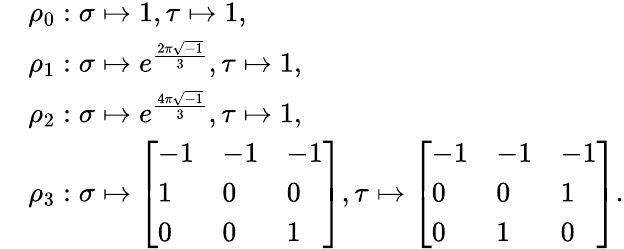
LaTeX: \begin{array}{rl}&{\rho_{0}:\sigma\mapsto 1,\tau\mapsto 1,}\\ &{\rho_{1}:\sigma\mapsto e^{\frac{2\pi\sqrt{-1}}{3}},\tau\mapsto 1,}\\ &{\rho_{2}:\sigma\mapsto e^{\frac{4\pi\sqrt{-1}}{3}},\tau\mapsto 1,}\\ &{\rho_{3}:\sigma\mapsto\left[\begin{array}{lll}{-1}&{-1}&{-1}\\ {1}&{0}&{0}\\ {0}&{0}&{1}\end{array}\right],\tau\mapsto\left[\begin{array}{lll}{-1}&{-1}&{-1}\\ {0}&{0}&{1}\\ {0}&{1}&{0}\end{array}\right].}\end{array}